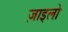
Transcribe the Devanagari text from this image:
ज़ाइलो